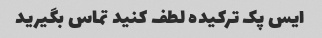
ایس پک ترکیده لطف کنید تماس بگیرید